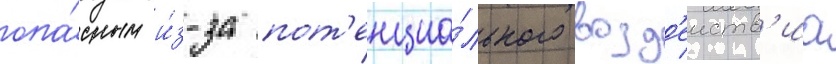
опа́сным и́з-за пот'енциа́льного возд'еиств'иа